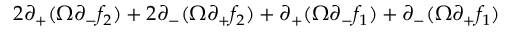
2 \partial _ { + } ( \Omega \partial _ { - } f _ { 2 } ) + 2 \partial _ { - } ( \Omega \partial _ { + } f _ { 2 } ) + \partial _ { + } ( \Omega \partial _ { - } f _ { 1 } ) + \partial _ { - } ( \Omega \partial _ { + } f _ { 1 } )